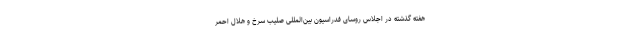
هفته گذشته در اجلاس روسای فدراسیون بین‌المللی صلیب سرخ و هلال احمر